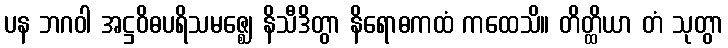
ပန ဘဂဝါ အဋ္ဌဝိဓပရိသမဇ္ဈေ နိသီဒိတွာ နိရောဓကထံ ကထေသိ။ တိတ္ထိယာ တံ သုတွာ